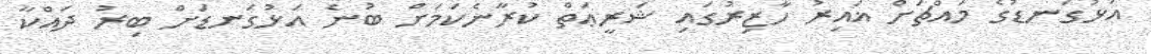
އަޅުގަނޑުގެ މައްޗަށް ޣައިރު ހާޒިރުގައި ޝަރީޢަތް ކުރާނެކަމަށް ބުނެ އަޅުގަނޑަށް ބިރު ދައްކާ